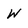
Character: W